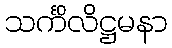
သင်္ကိလိဋ္ဌမနာ